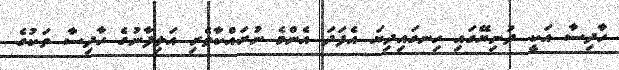
ހާދިސާ އަކީ ދުނިޔޭގައި ހިނގައިދިޔަ އެފަދަ އެންމެ ނުރައްކާތެރި އަލިފާނުގެ ހާދިސާ ތަކުގެ